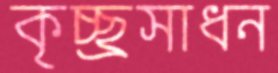
কৃচ্ছ্রসাধন